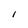
Character: 1